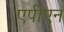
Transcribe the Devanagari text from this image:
एपीएन